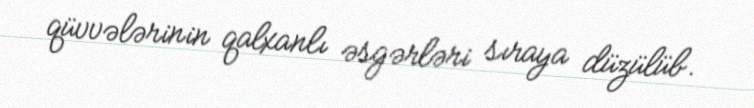
qüvvələrinin qalxanlı əsgərləri sıraya düzülüb.